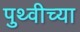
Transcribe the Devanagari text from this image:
पुथ्वीच्या